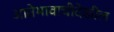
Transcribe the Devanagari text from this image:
आतेभावाचीदेखील